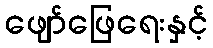
ဖျော်ဖြေရေးနှင့်